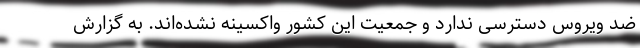
ضد ویروس دسترسی ندارد و جمعیت این کشور واکسینه نشده‌اند. به گزارش